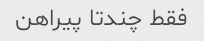
فقط چندتا پیراهن